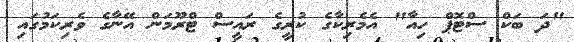
"ދަ ބަކް ސްޓޮޕް ހިއާ" އެމެރިކާގެ ކުރީގެ ރައީސް ޓްރޫމަން އޭނާގެ ވެރިކަމުގައި